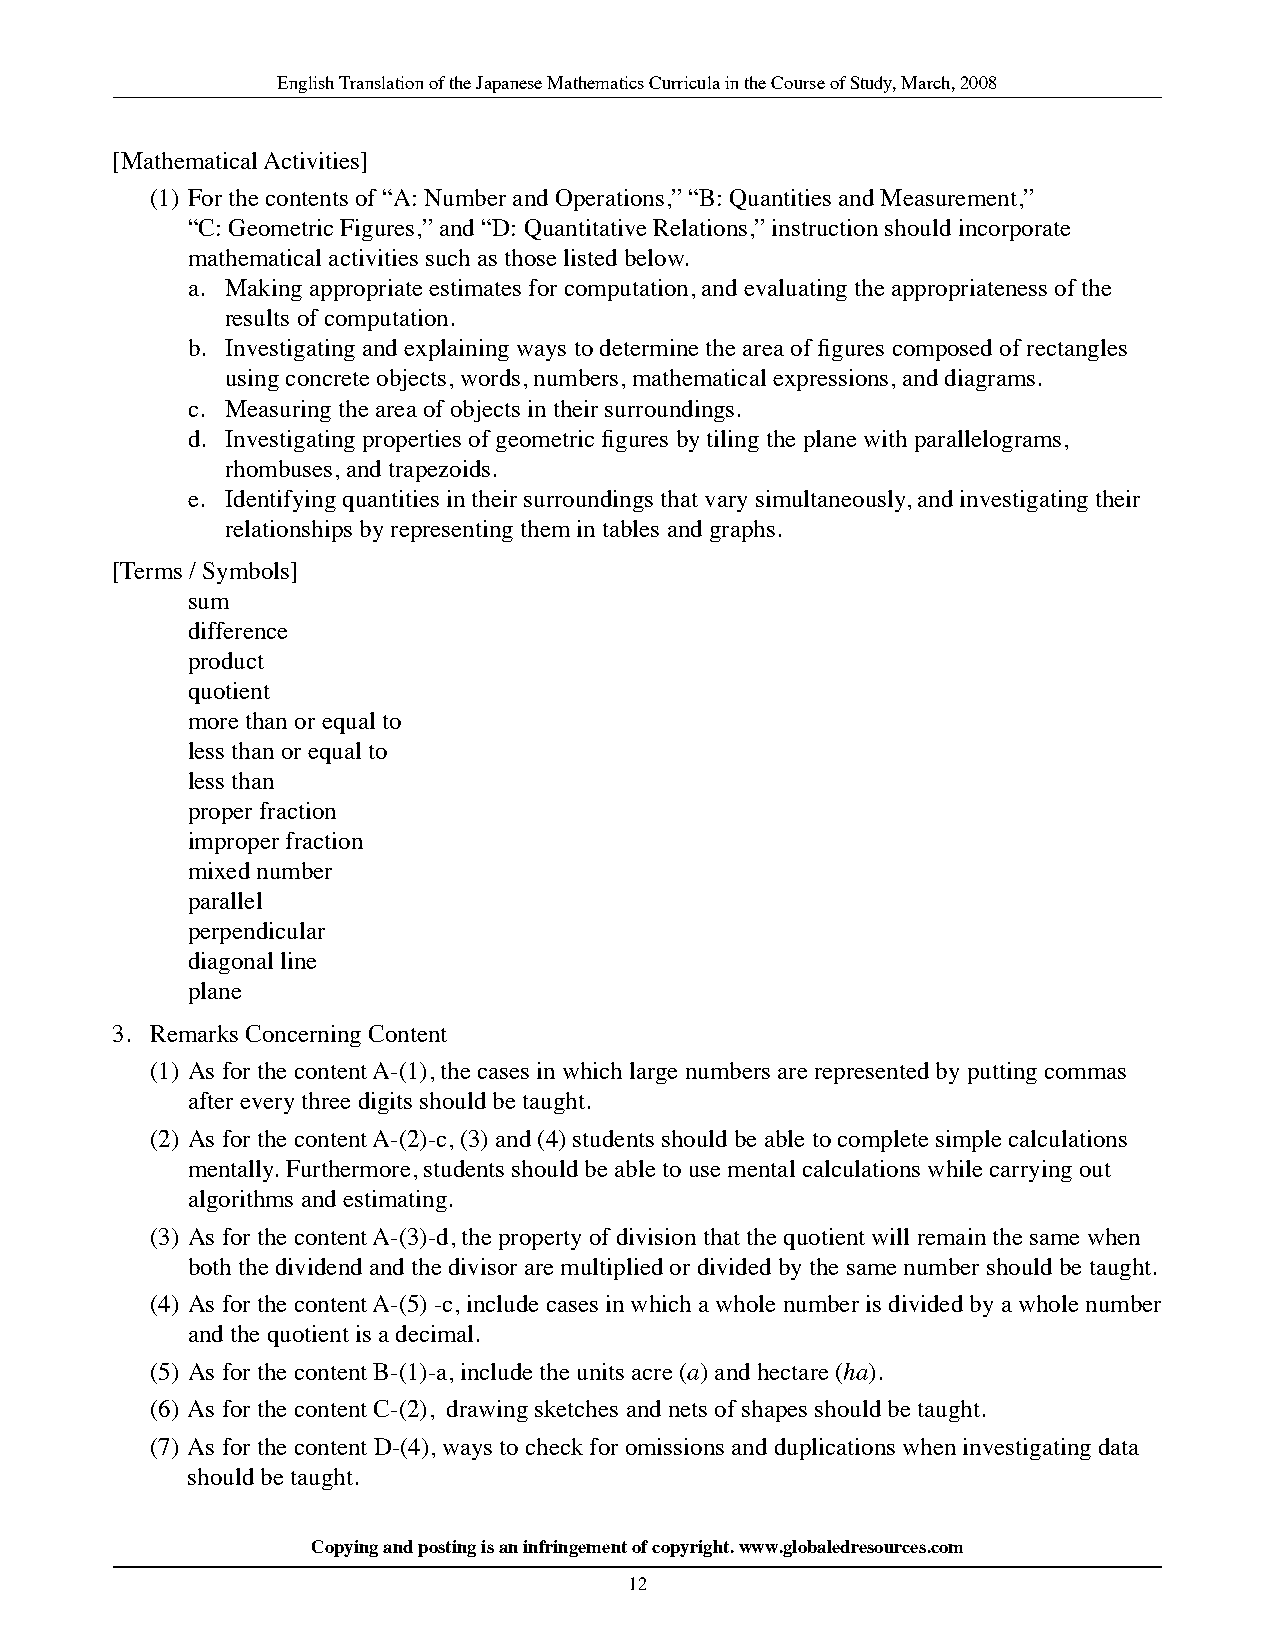
English Translation of the Japanese Mathematics Curricula in the Course of Study, March, 2008
 [Mathematical Activities]
 (1) For the contents of “A: Number and Operations,” “B: Quantities and Measurement,”
 “C: Geometric Figures,” and “D: Quantitative Relations,” instruction should incorporate
 mathematical activities such as those listed below.
 a. Making appropriate estimates for computation, and evaluating the appropriateness of the
 results of computation.
 b. Investigating and explaining ways to determine the area of figures composed of rectangles
 using concrete objects, words, numbers, mathematical expressions, and diagrams.
 c. Measuring the area of objects in their surroundings.
 d. Investigating properties of geometric figures by tiling the plane with parallelograms,
 rhombuses, and trapezoids.
 e. Identifying quantities in their surroundings that vary simultaneously, and investigating their
 relationships by representing them in tables and graphs.
 [Terms / Symbols]
 sum
 difference
 product
 quotient
 more than or equal to
 less than or equal to
 less than
 proper fraction
 improper fraction
 mixed number
 parallel
 perpendicular
 diagonal line
 plane
 3. Remarks Concerning Content
 (1) As for the content A-(1), the cases in which large numbers are represented by putting commas
 after every three digits should be taught.
 (2) As for the content A-(2)-c, (3) and (4) students should be able to complete simple calculations
 mentally. Furthermore, students should be able to use mental calculations while carrying out
 algorithms and estimating.
 (3) As for the content A-(3)-d, the property of division that the quotient will remain the same when
 both the dividend and the divisor are multiplied or divided by the same number should be taught.
 (4) As for the content A-(5) -c, include cases in which a whole number is divided by a whole number
 and the quotient is a decimal.
 (5) As for the content B-(1)-a, include the units acre (a) and hectare (ha).
 (6) As for the content C-(2), drawing sketches and nets of shapes should be taught.
 (7) As for the content D-(4), ways to check for omissions and duplications when investigating data
 should be taught.
 Copying and posting is an infringement of copyright. www.globaledresources.com
 12